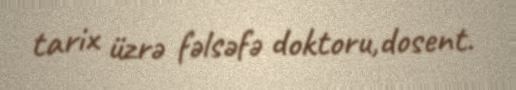
tarix üzrə fəlsəfə doktoru,dosent.